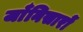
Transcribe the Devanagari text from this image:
जाँनिसारों